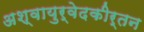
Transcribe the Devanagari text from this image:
अश्वायुर्वेदकीर्तन